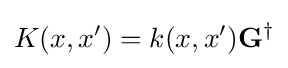
K(x,x')=k(x,x')\mathbf {G} ^{\dagger }